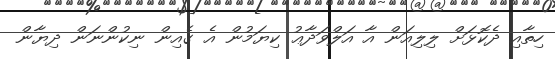
ހިތާއި ދެކޮޅަށް ލިލިއަން އާ އަލްވަދާޢު ކިޔަމުން އެ ގެއިން ނިކުންނަން ދިޔާން